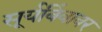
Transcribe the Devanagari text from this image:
सूर्यबिंबावर